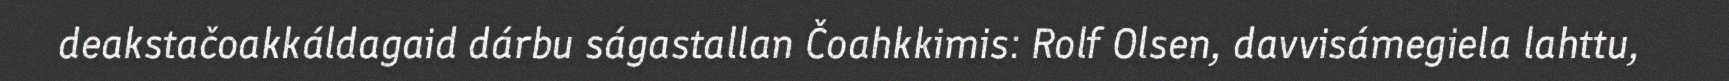
deakstačoakkáldagaid dárbu ságastallan Čoahkkimis: Rolf Olsen, davvisámegiela lahttu,